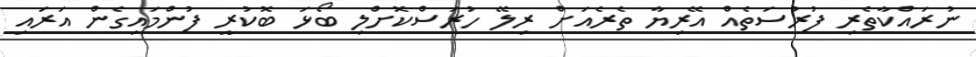
ނުރައްކާތެރި ފުރުސަތެއް އޭރިޔާ ތެރެއަށް ރިލޭ ހުރަސްކޮށްލި ބޯޅަ ބޮކުރީ ފުންމައިގެން އަރައި